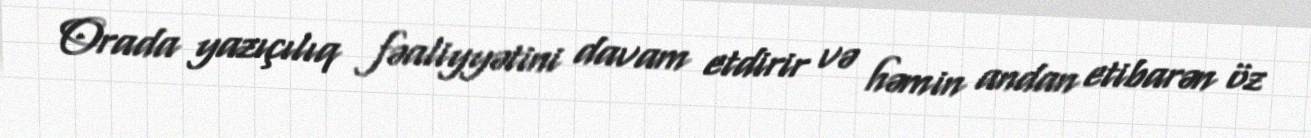
Orada yazıçılıq fəaliyyətini davam etdirir və həmin andan etibarən öz